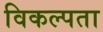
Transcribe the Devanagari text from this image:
विकल्पता